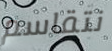
نتقاسم